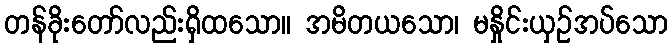
တန်ခိုးတော်လည်းရှိထသော။ အမိတယသော၊ မနှိုင်းယှဉ်အပ်သော